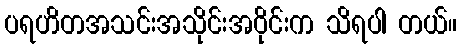
ပရဟိတအသင်းအသိုင်းအဝိုင်းက သိရပါ တယ်။